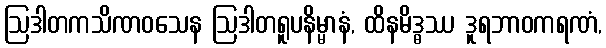
ဩဒါတကသိဏဝသေန ဩဒါတရူပနိမ္မာနံ, ထိနမိဒ္ဓဿ ဒူရဘာဝကရဏံ,